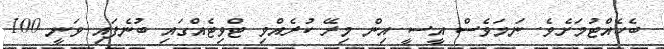
ބެހެއްޓުމަށެވެ. ނަމަވެސް އީސީ އިން މިރޭ ކުރެއްވި ޓްވިޓެއްގައި ބުނެފައި ވަނީ 100